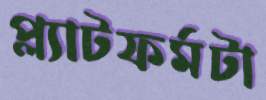
প্ল্যাটফর্মটা